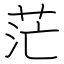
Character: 茫